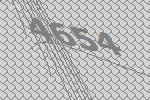
4654